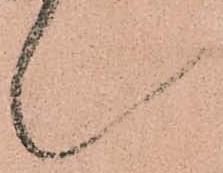
々